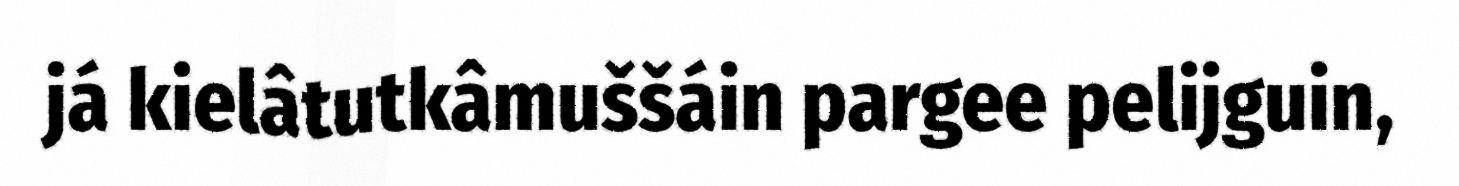
já kielâtutkâmuššáin pargee pelijguin,